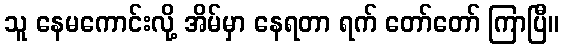
သူ နေမကောင်းလို့ အိမ်မှာ နေရတာ ရက် တော်တော် ကြာပြီ။